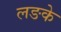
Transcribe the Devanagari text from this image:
लङके